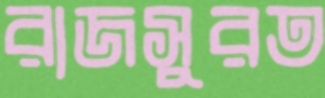
রাজসুরত